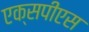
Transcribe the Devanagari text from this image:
एक्सपीएस